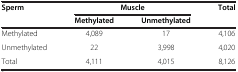
| Sperm | <COLSPAN=2> Muscle | Total |
 |  | Methylated | Unmethylated |  |
 | --- | --- | --- | --- |
 | Methylated | 4,089 | 17 | 4,106 |
 | Unmethylated | 22 | 3,998 | 4,020 |
 | Total | 4,111 | 4,015 | 8,126 |